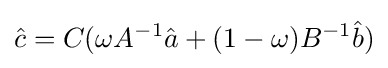
{\hat {c}}=C(\omega A^{-1}{\hat {a}}+(1-\omega )B^{-1}{\hat {b}})